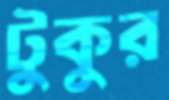
টুকুর